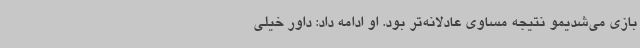
بازی می‌شدیمو نتیجه مساوی عادلانه‌تر بود. او ادامه داد: داور خیلی